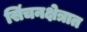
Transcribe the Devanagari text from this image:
सिंचनक्षेत्रात